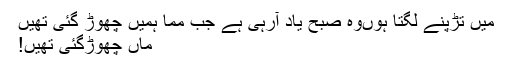
میں تڑپنے لگتا ہوںوہ صبح یاد آرہی ہے جب ممّا ہمیں چھوڑ گئی تھیں
ماں چھوڑگئی تھیں!